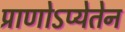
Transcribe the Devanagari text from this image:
प्राणोऽप्येतेन